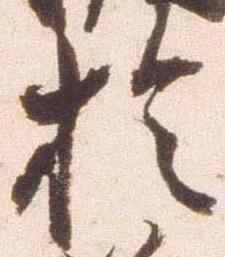
於